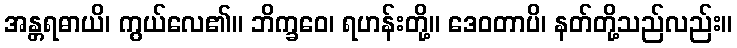
အန္တရဓာယိ၊ ကွယ်လေ၏။ ဘိက္ခဝေ၊ ရဟန်းတို့။ ဒေဝတာပိ၊ နတ်တို့သည်လည်း။